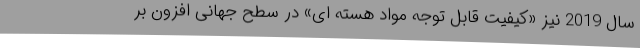
سال 2019 نیز «کیفیت قابل توجه مواد هسته ای» در سطح جهانی افزون بر